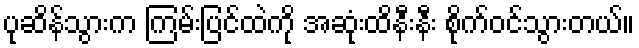
ပုဆိန်သွားက ကြမ်းပြင်ထဲကို အဆုံးထိနီးနီး စိုက်ဝင်သွားတယ်။